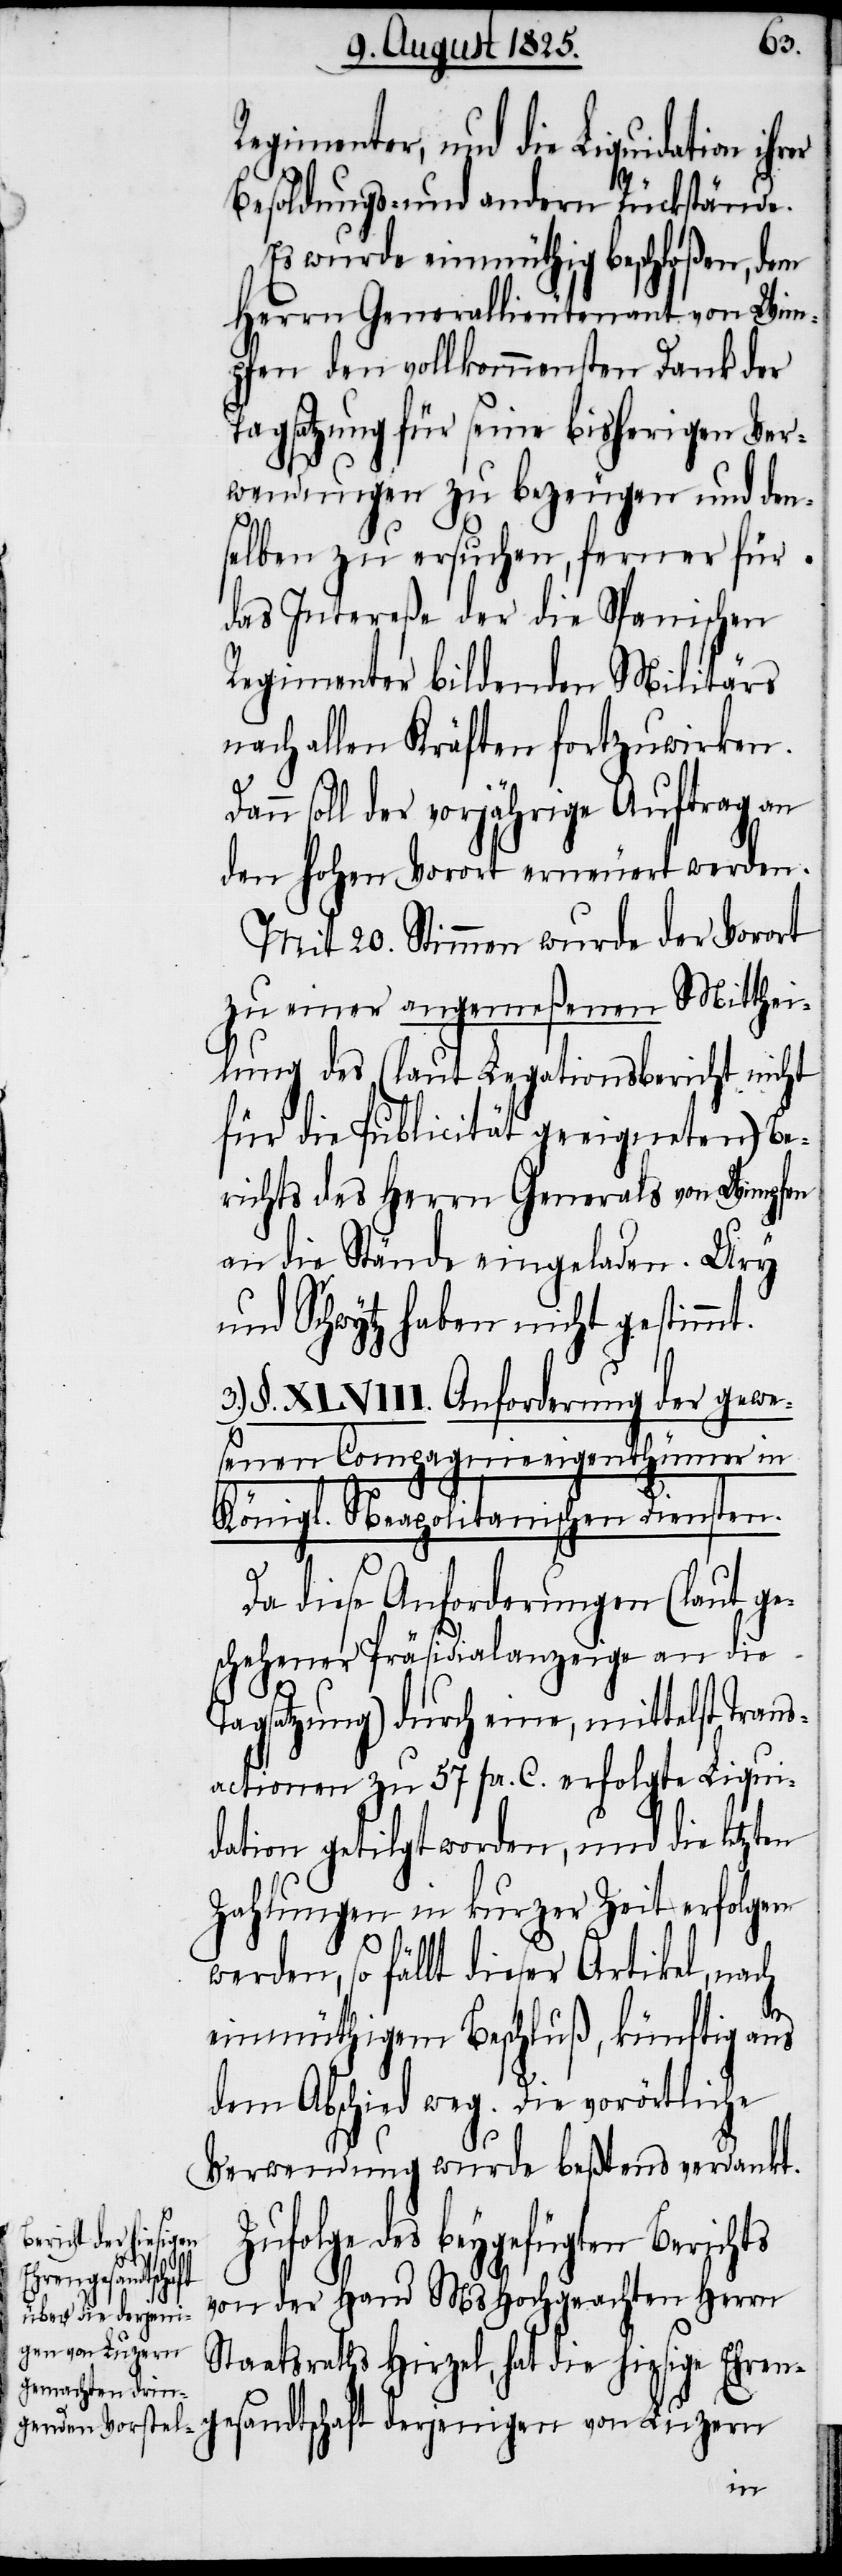
Regimenter, und die Liquidation
Besoldungs- und andern Rückstände.
Es wurde einmüthig beschloßen, dem
Herrn Generallieutenant von Wim¬
pfen den vollkommensten Dank der
Tagsatzung für seine bisherigen Ver¬
wendungen zu bezeugen und den¬
selben zu ersuchen, ferner für
das Intereße der die Spanischen
Regimenter bildenden Militärs
nach allen Kräften fortzuwirken.
Dann soll der vorjährige Auftrag an
den hohen Vorort erneuert werden.
Mit 20. Stimmen wurde der Vorort
zu einer angemeßenen Mitthei¬
lung des (laut Legationsbericht nicht
für die Publicität geeigneten) Be¬
richts des Herrn Generals von Wimpfen
an die Stände eingeladen. Ury
und Schwytz haben nicht gestimmt.
3.) §. XLVIII. Anforderung der gewe¬
senen Compagnieeigenthümer in
Königl. Neapolitanischen Diensten.
Da diese Anforderungen (laut ge¬
schehener Präsidialanzeige an die
Tagsatzung) durch eine, mittelst Trans¬
actionen zu 57. pr. C. erfolgte Liqui¬
dation getilgt worden, und die letzten
Zahlungen in kurzer Zeit erfolgen
werden, so fällt dieser Artikel, nach
einmüthigem Beschluß, künftig aus
dem Abschied weg. Die vorörtliche
Verwendung wurde beßtens verdankt.
Zufolge des beygefügten Berichts
derjeni¬
von der Hand MsHochgeachten Herrn
gen von Luzern
Staatsraths Hirzel, hat die hiesige Ehrenge¬